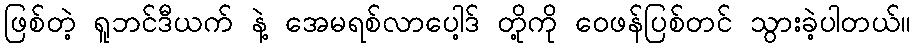
ဖြစ်တဲ့ ရူဘင်ဒီယက် နဲ့ အေမရစ်လာပေါ့ဒ် တို့ကို ဝေဖန်ပြစ်တင် သွားခဲ့ပါတယ်။